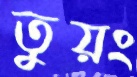
তুয়ং